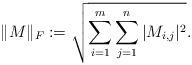
LaTeX: \begin{align*} \| M \|_F := \sqrt{\sum_{i=1}^m \sum_{j=1}^n |M_{i,j} |^2}. \end{align*}